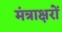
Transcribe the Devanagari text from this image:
मंत्राक्षरों